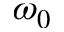
\omega _ { 0 }